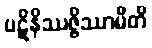
ပဋိနိဿဇ္ဇိဿာမီတိ